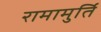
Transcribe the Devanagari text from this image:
रामामुर्ति